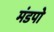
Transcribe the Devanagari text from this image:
मंडपो